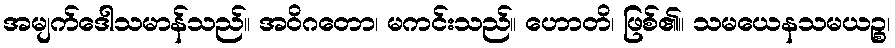
အမျက်ဒေါသမာန်သည်။ အဝိဂတော၊ မကင်းသည်။ ဟောတိ၊ ဖြစ်၏။ သမယေနသမယဉ္စ၊